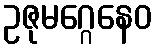
ဥဇုမဂ္ဂေနေဝ